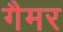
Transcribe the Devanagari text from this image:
गैमर